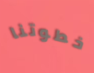
خطوتنا